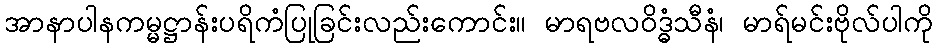
အာနာပါနကမ္မဋ္ဌာန်းပရိကံပြုခြင်းလည်းကောင်း။ မာရဗလဝိဒ္ဓံသီနံ၊ မာရ်မင်းဗိုလ်ပါကို